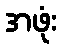
အဖုံး